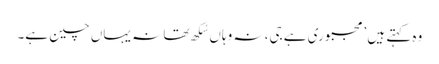
وہ کہتے ہیں ’مجبوری ہے جی، نہ وہاں سُکھ تھا نہ یہاں چین ہے۔